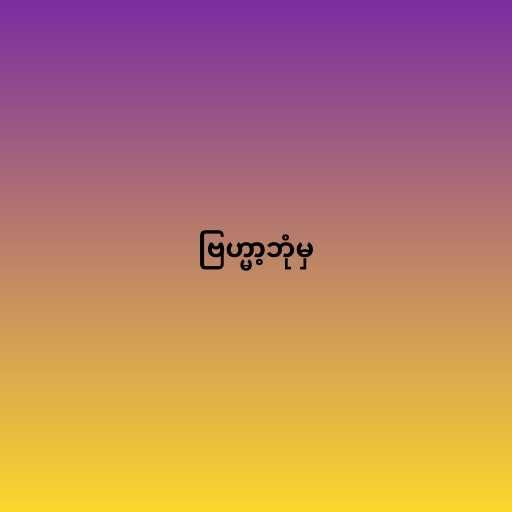
ဗြဟ္မာ့ဘုံမှ